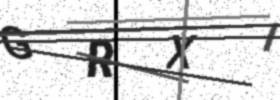
Text: GRXI